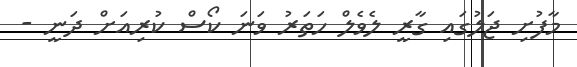
މާފުށި ޖަލުގައި ގާރީ ލެވެލް ހަތަރު ވަނަ ކޯސް ކުރިއަށް ދަނީ -